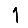
Digit: 1